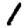
Digit: 1